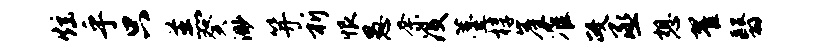
炫乎只羔癸渺笄祈恨愚奈没薹椁崖准政丞想翟翳